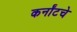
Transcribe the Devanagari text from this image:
कर्नॉटचे